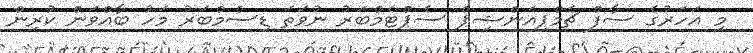
މި އަހަރުގެ ސާފް ޗެމްޕިއަންޝިޕް ސެޕްޓެމްބަރު ނުވަތަ ޑިސެމްބަރު މަހު ބާއްވަން ކުރިން